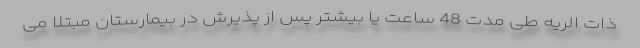
ذات الریه طی مدت 48 ساعت یا بیشتر پس از پذیرش در بیمارستان مبتلا می